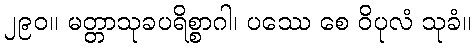
၂၉၀။ မတ္တာသုခပရိစ္စာဂါ၊ ပဿေ စေ ဝိပုလံ သုခံ။